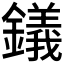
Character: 𫓔